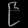
Digit: ၉